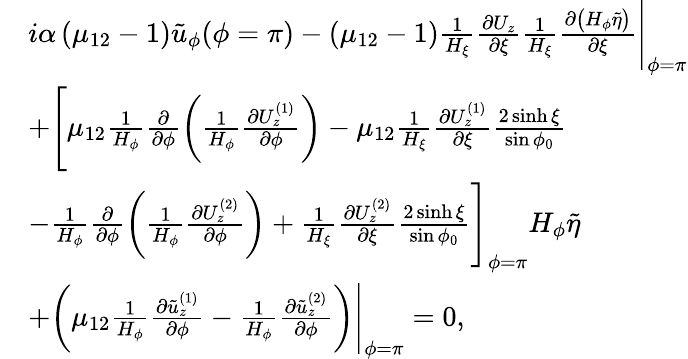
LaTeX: \begin{array}{r}{\begin{array}{rl}&{i\alpha\left(\mu_{12}-1\right)\tilde{u}_{\phi}(\phi=\pi)-(\mu_{12}-1)\frac{1}{H_{\xi}}\frac{\partial U_{z}}{\partial\xi}\frac{1}{H_{\xi}}\frac{\partial\big(H_{\phi}\tilde{\eta}\big)}{\partial\xi}\Biggr|_{\phi=\pi}}\\ &{+\Biggl[\mu_{12}\frac{1}{H_{\phi}}\frac{\partial}{\partial\phi}\biggl(\frac{1}{H_{\phi}}\frac{\partial U_{z}^{(1)}}{\partial\phi}\biggr)-\mu_{12}\frac{1}{H_{\xi}}\frac{\partial U_{z}^{(1)}}{\partial\xi}\frac{2\sinh\xi}{\sin\phi_{0}}}\\ &{-\frac{1}{H_{\phi}}\frac{\partial}{\partial\phi}\biggl(\frac{1}{H_{\phi}}\frac{\partial U_{z}^{(2)}}{\partial\phi}\biggr)+\frac{1}{H_{\xi}}\frac{\partial U_{z}^{(2)}}{\partial\xi}\frac{2\sinh\xi}{\sin\phi_{0}}\Biggr]_{\phi=\pi}H_{\phi}\tilde{\eta}}\\ &{+\biggl(\mu_{12}\frac{1}{H_{\phi}}\frac{\partial\tilde{u}_{z}^{(1)}}{\partial\phi}-\frac{1}{H_{\phi}}\frac{\partial\tilde{u}_{z}^{(2)}}{\partial\phi}\biggr)\Biggr|_{\phi=\pi}=0,}\end{array}}\end{array}